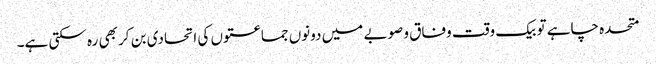
متحدہ چاہے تو بیک وقت وفاق و صوبے میں دونوں جماعتوں کی اتحادی بن کر بھی رہ سکتی ہے۔